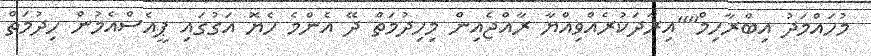
މުހައްމަދު އިބްރާހިމް""އިރާދަކުރެއްވިއްޔާ ރާއްޖެއިން މިހިދުމަތް ދޭ އެންމެ ހެޔޮ އަގުގައި ޕީއެސްއެމުން ހިދުމަތް